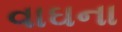
વાઘના